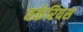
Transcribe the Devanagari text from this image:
वर्करियस